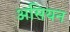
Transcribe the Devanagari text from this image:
असियन